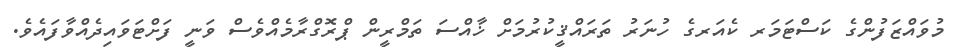
މުވައްޒަފުންގެ ކަސްޓަމަރ ކެއަރގެ ހުނަރު ތަރައްޤީކުރުމަށް ޚާއްސަ ތަމްރީން ޕްރޮގްރާމެއްވެސް ވަނީ ފަށްޓަވައިދެއްވާފައެވެ.